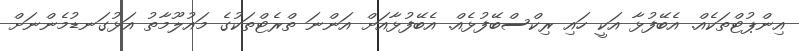
އިންޕުޓްތަކެއް. އެބޭފުޅާ އަކީ ހައި ރިކްސްބޭފުޅެއް. އެބޭފުޅާއަށް އަންނަ ތްރެޓްތަކުގެ މައުލޫމާތު އަޅުގަނޑުމެންނަށް